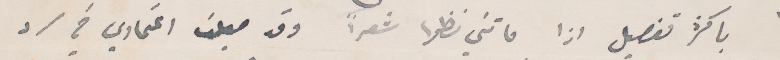
بأكثر تفصيل اذا فاتتني نظرًا شعرًا وقد جعلت اعتمادي في سرد